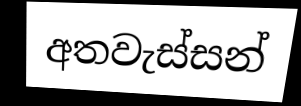
අතවැස්සන්